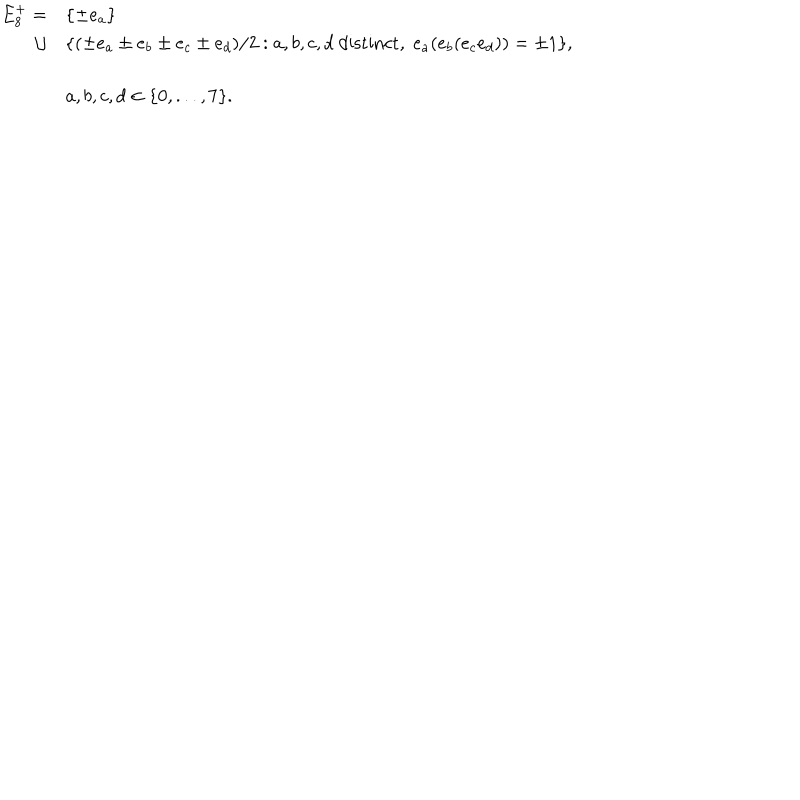
LaTeX: \begin{array} { r l } { { E _ { 8 } ^ { + } = } } & { { \{ \pm e _ { a } \} } } \\ { { \cup } } & { { \{ ( \pm e _ { a } \pm e _ { b } \pm e _ { c } \pm e _ { d } ) / 2 : a , b , c , d \mathrm { ~ d i s t i n c t } , \; e _ { a } ( e _ { b } ( e _ { c } e _ { d } ) ) = \pm 1 \} , } } \\ { { } } & { { a , b , c , d \in \{ 0 , . . . , 7 \} . } } \\ \end{array}